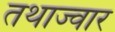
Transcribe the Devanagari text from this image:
तथाज्वार